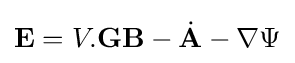
\mathbf {E} =V.\mathbf {G} \mathbf {B} -{\dot {\mathbf {A} }}-\nabla \Psi